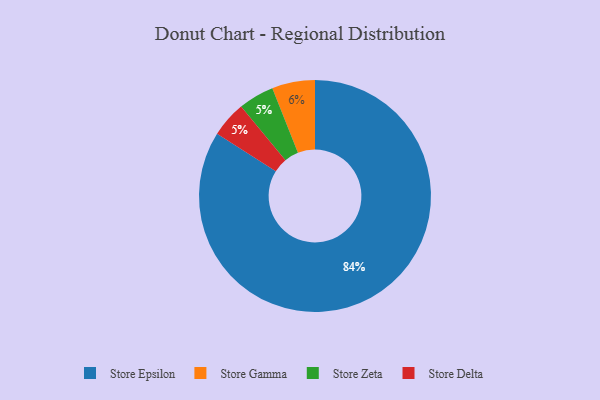
{"axis": {"x": "Category", "y": "Percentage"}, "legend": ["Store Delta", "Store Epsilon", "Store Gamma", "Store Zeta"], "data": [{"x": "Store Zeta", "y": 5, "type": "Store Zeta"}, {"x": "Store Epsilon", "y": 84, "type": "Store Epsilon"}, {"x": "Store Gamma", "y": 6, "type": "Store Gamma"}, {"x": "Store Delta", "y": 5, "type": "Store Delta"}]}